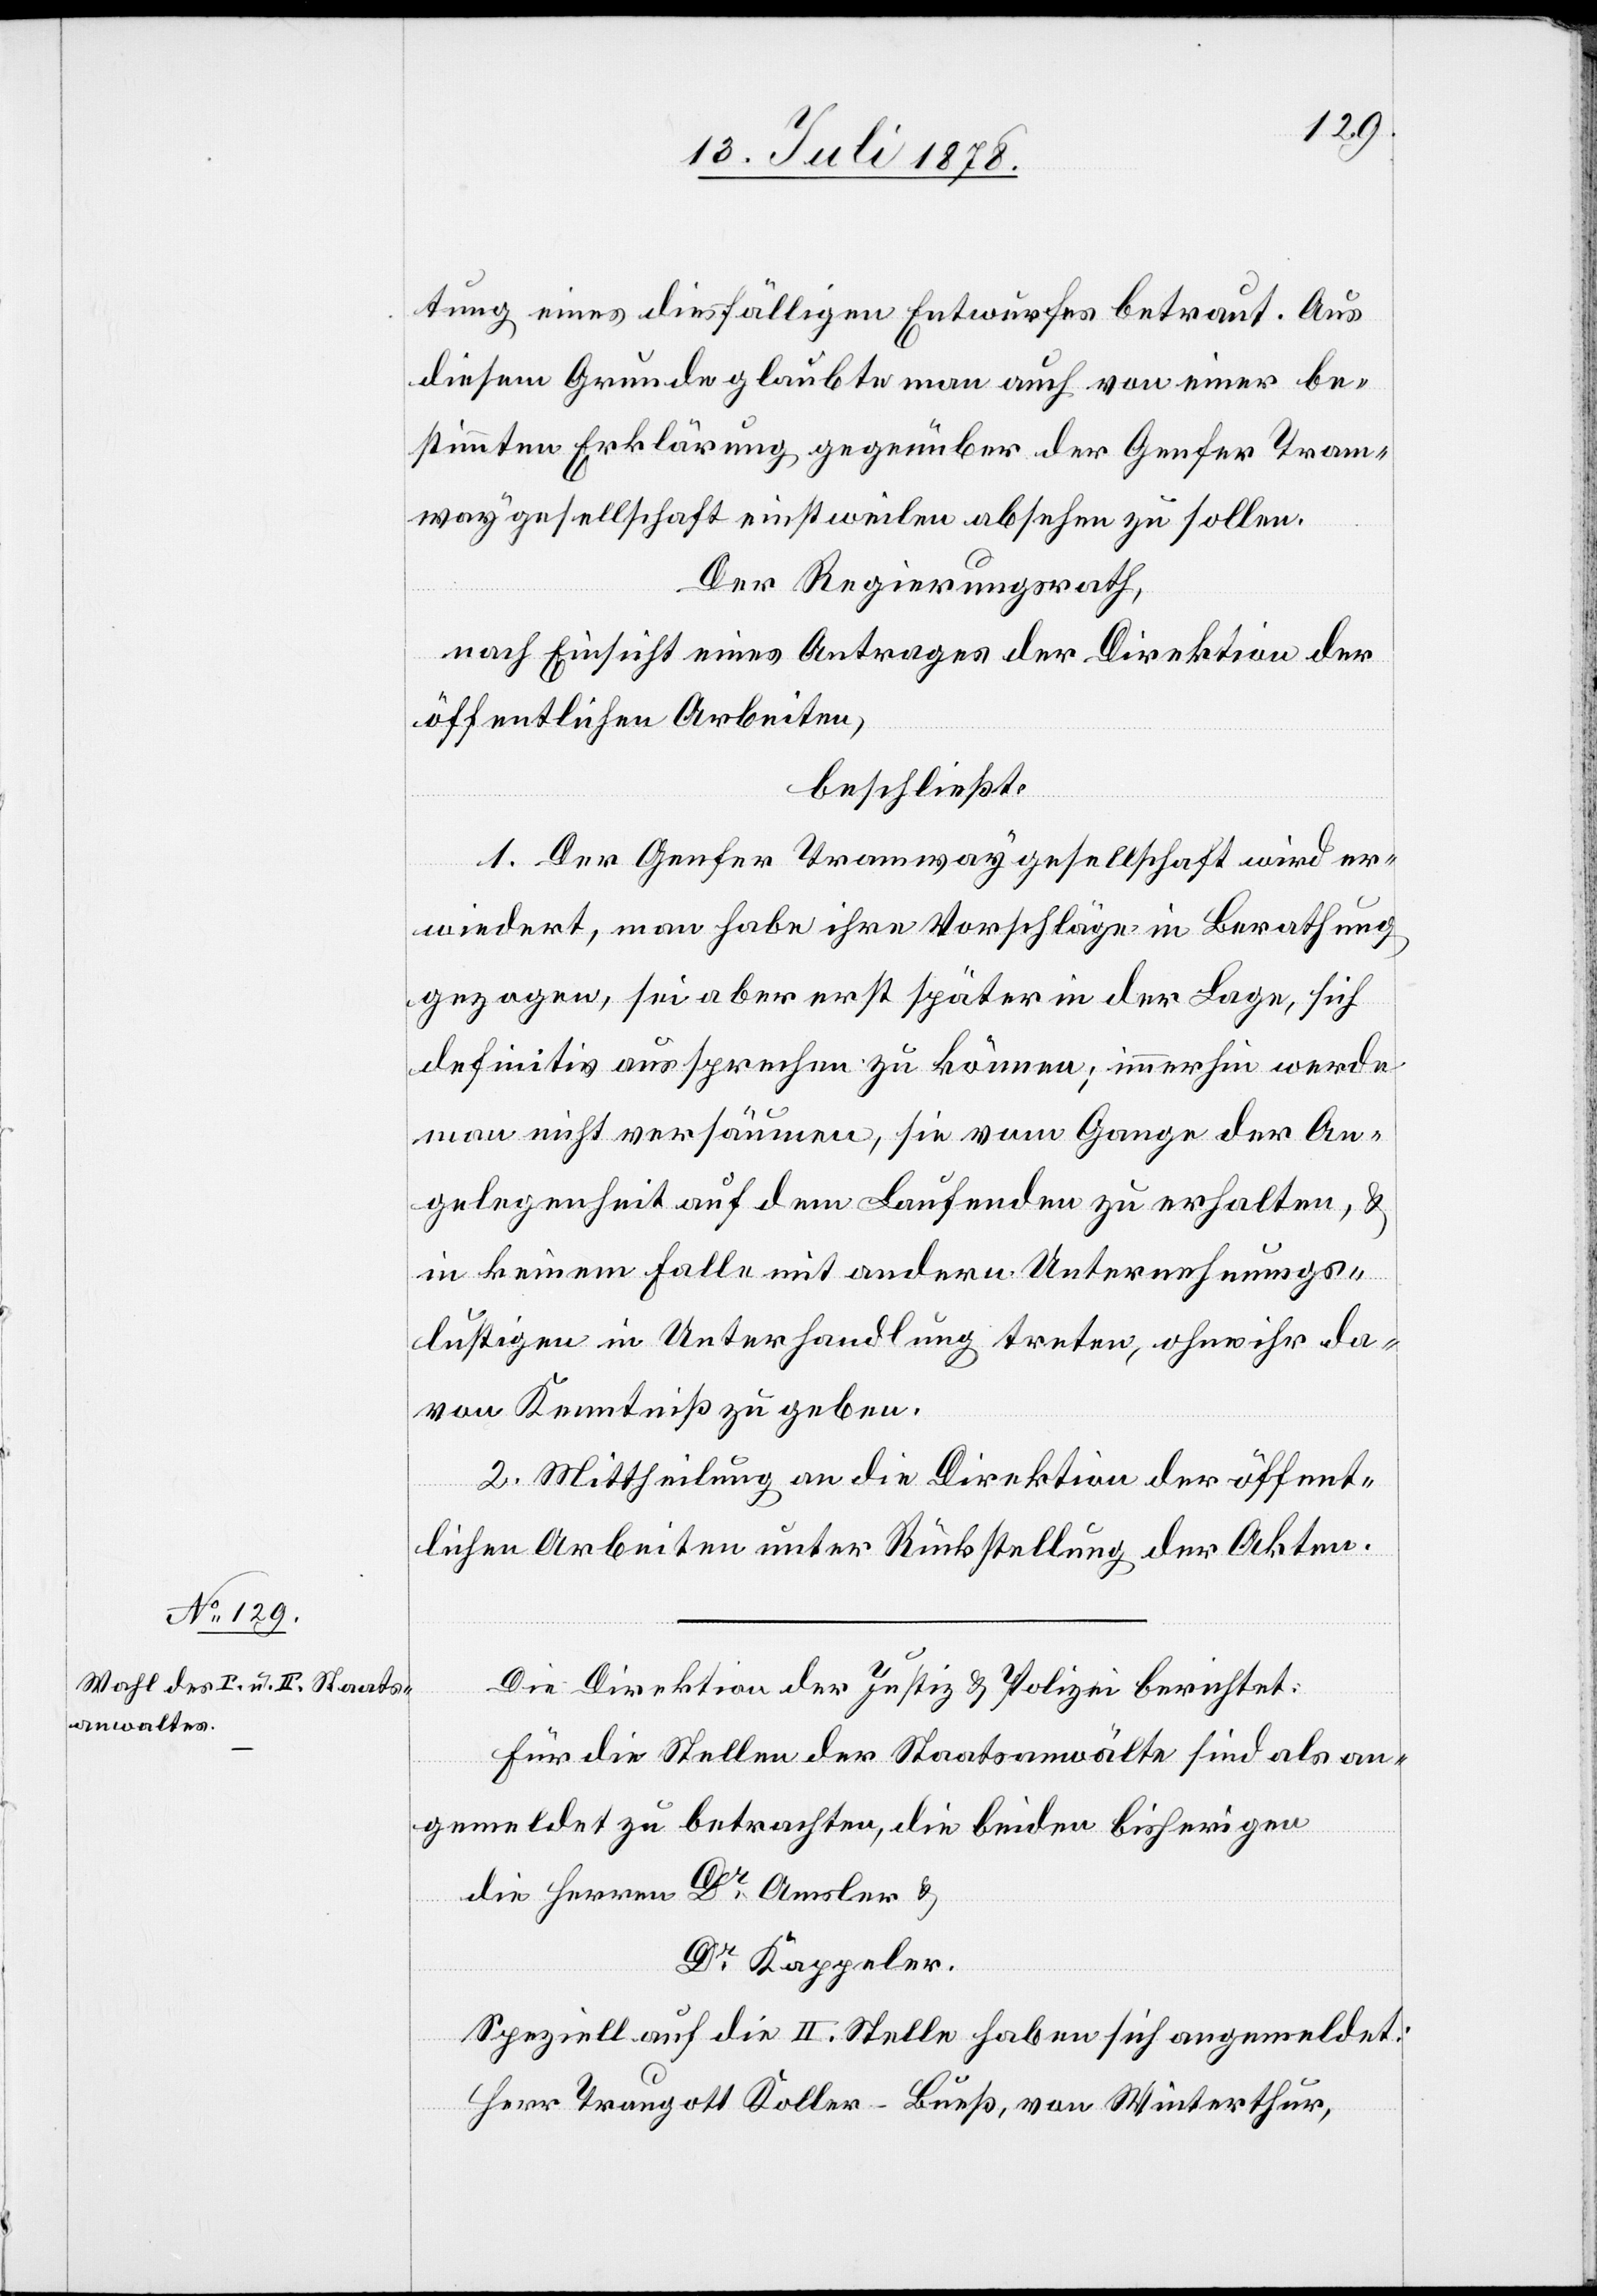
tung eines diesfälligen Entwurfes betraut. Aus
diesem Grunde glaubte man auch von einer be¬
stimmten Erklärung gegenüber der Genfer Tram¬
waygesellschaft einstweilen absehen zu sollen.
Der Regierungsrath,
nach Einsicht eines Antrages der Direktion der
öffentlichen Arbeiten,
beschließt:
1. Der Genfer Tramwaygesellschaft wird er¬
wiedert, man habe ihre Vorschläge in Berathung
gezogen, sei aber erst später in der Lage, sich
definitiv aussprechen zu können; immerhin werde
man nicht versäumen, sie vom Gange der An¬
gelegenheit auf dem Laufenden zu erhalten, &
in keinem Falle mit andern Unternehmungs¬
lustigen in Unterhandlung treten, ohne ihr da¬
von Kenntniß zu geben.
2. Mittheilung an die Direktion der öffent¬
lichen Arbeiten unter Rückstellung der Akten.
Die Direktion der Justiz & Polizei berichtet:
Für die Stellen der Staatsanwälte sind als an¬
gemeldet zu betrachten, die beiden bisherigen
die Herren Dr Amsler &
Dr Kappeler.
Speziell auf die II. Stelle haben sich angemeldet:
Herr Traugott Koller-Bueß, von Winterthur,